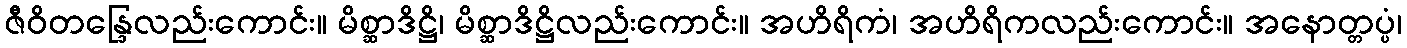
ဇီဝိတန္ဒြေလည်းကောင်း။ မိစ္ဆာဒိဋ္ဌိ၊ မိစ္ဆာဒိဋ္ဌိလည်းကောင်း။ အဟိရိကံ၊ အဟိရိကလည်းကောင်း။ အနောတ္တပ္ပံ၊